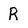
Character: R